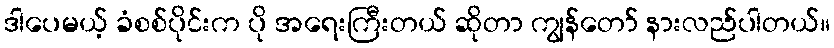
ဒါပေမယ့် ခံစစ်ပိုင်းက ပို အရေးကြီးတယ် ဆိုတာ ကျွန်တော် နားလည်ပါတယ်။